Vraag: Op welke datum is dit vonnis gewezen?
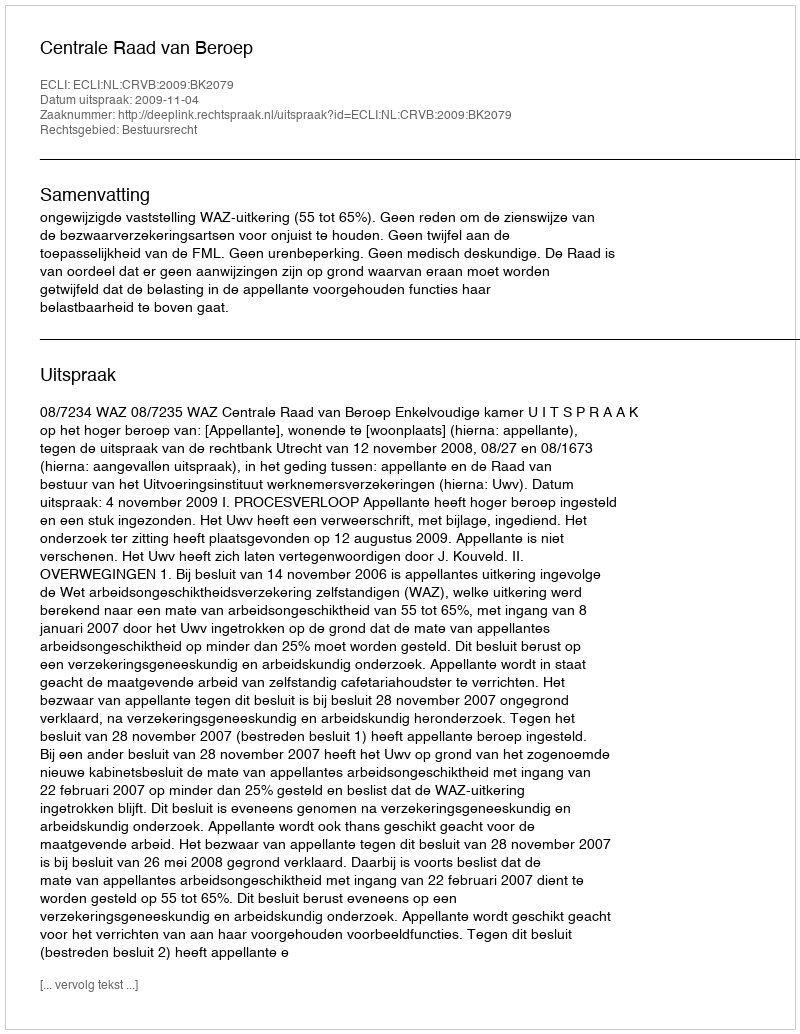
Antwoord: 2009-11-04